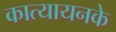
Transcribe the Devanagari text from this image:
कात्यायनके